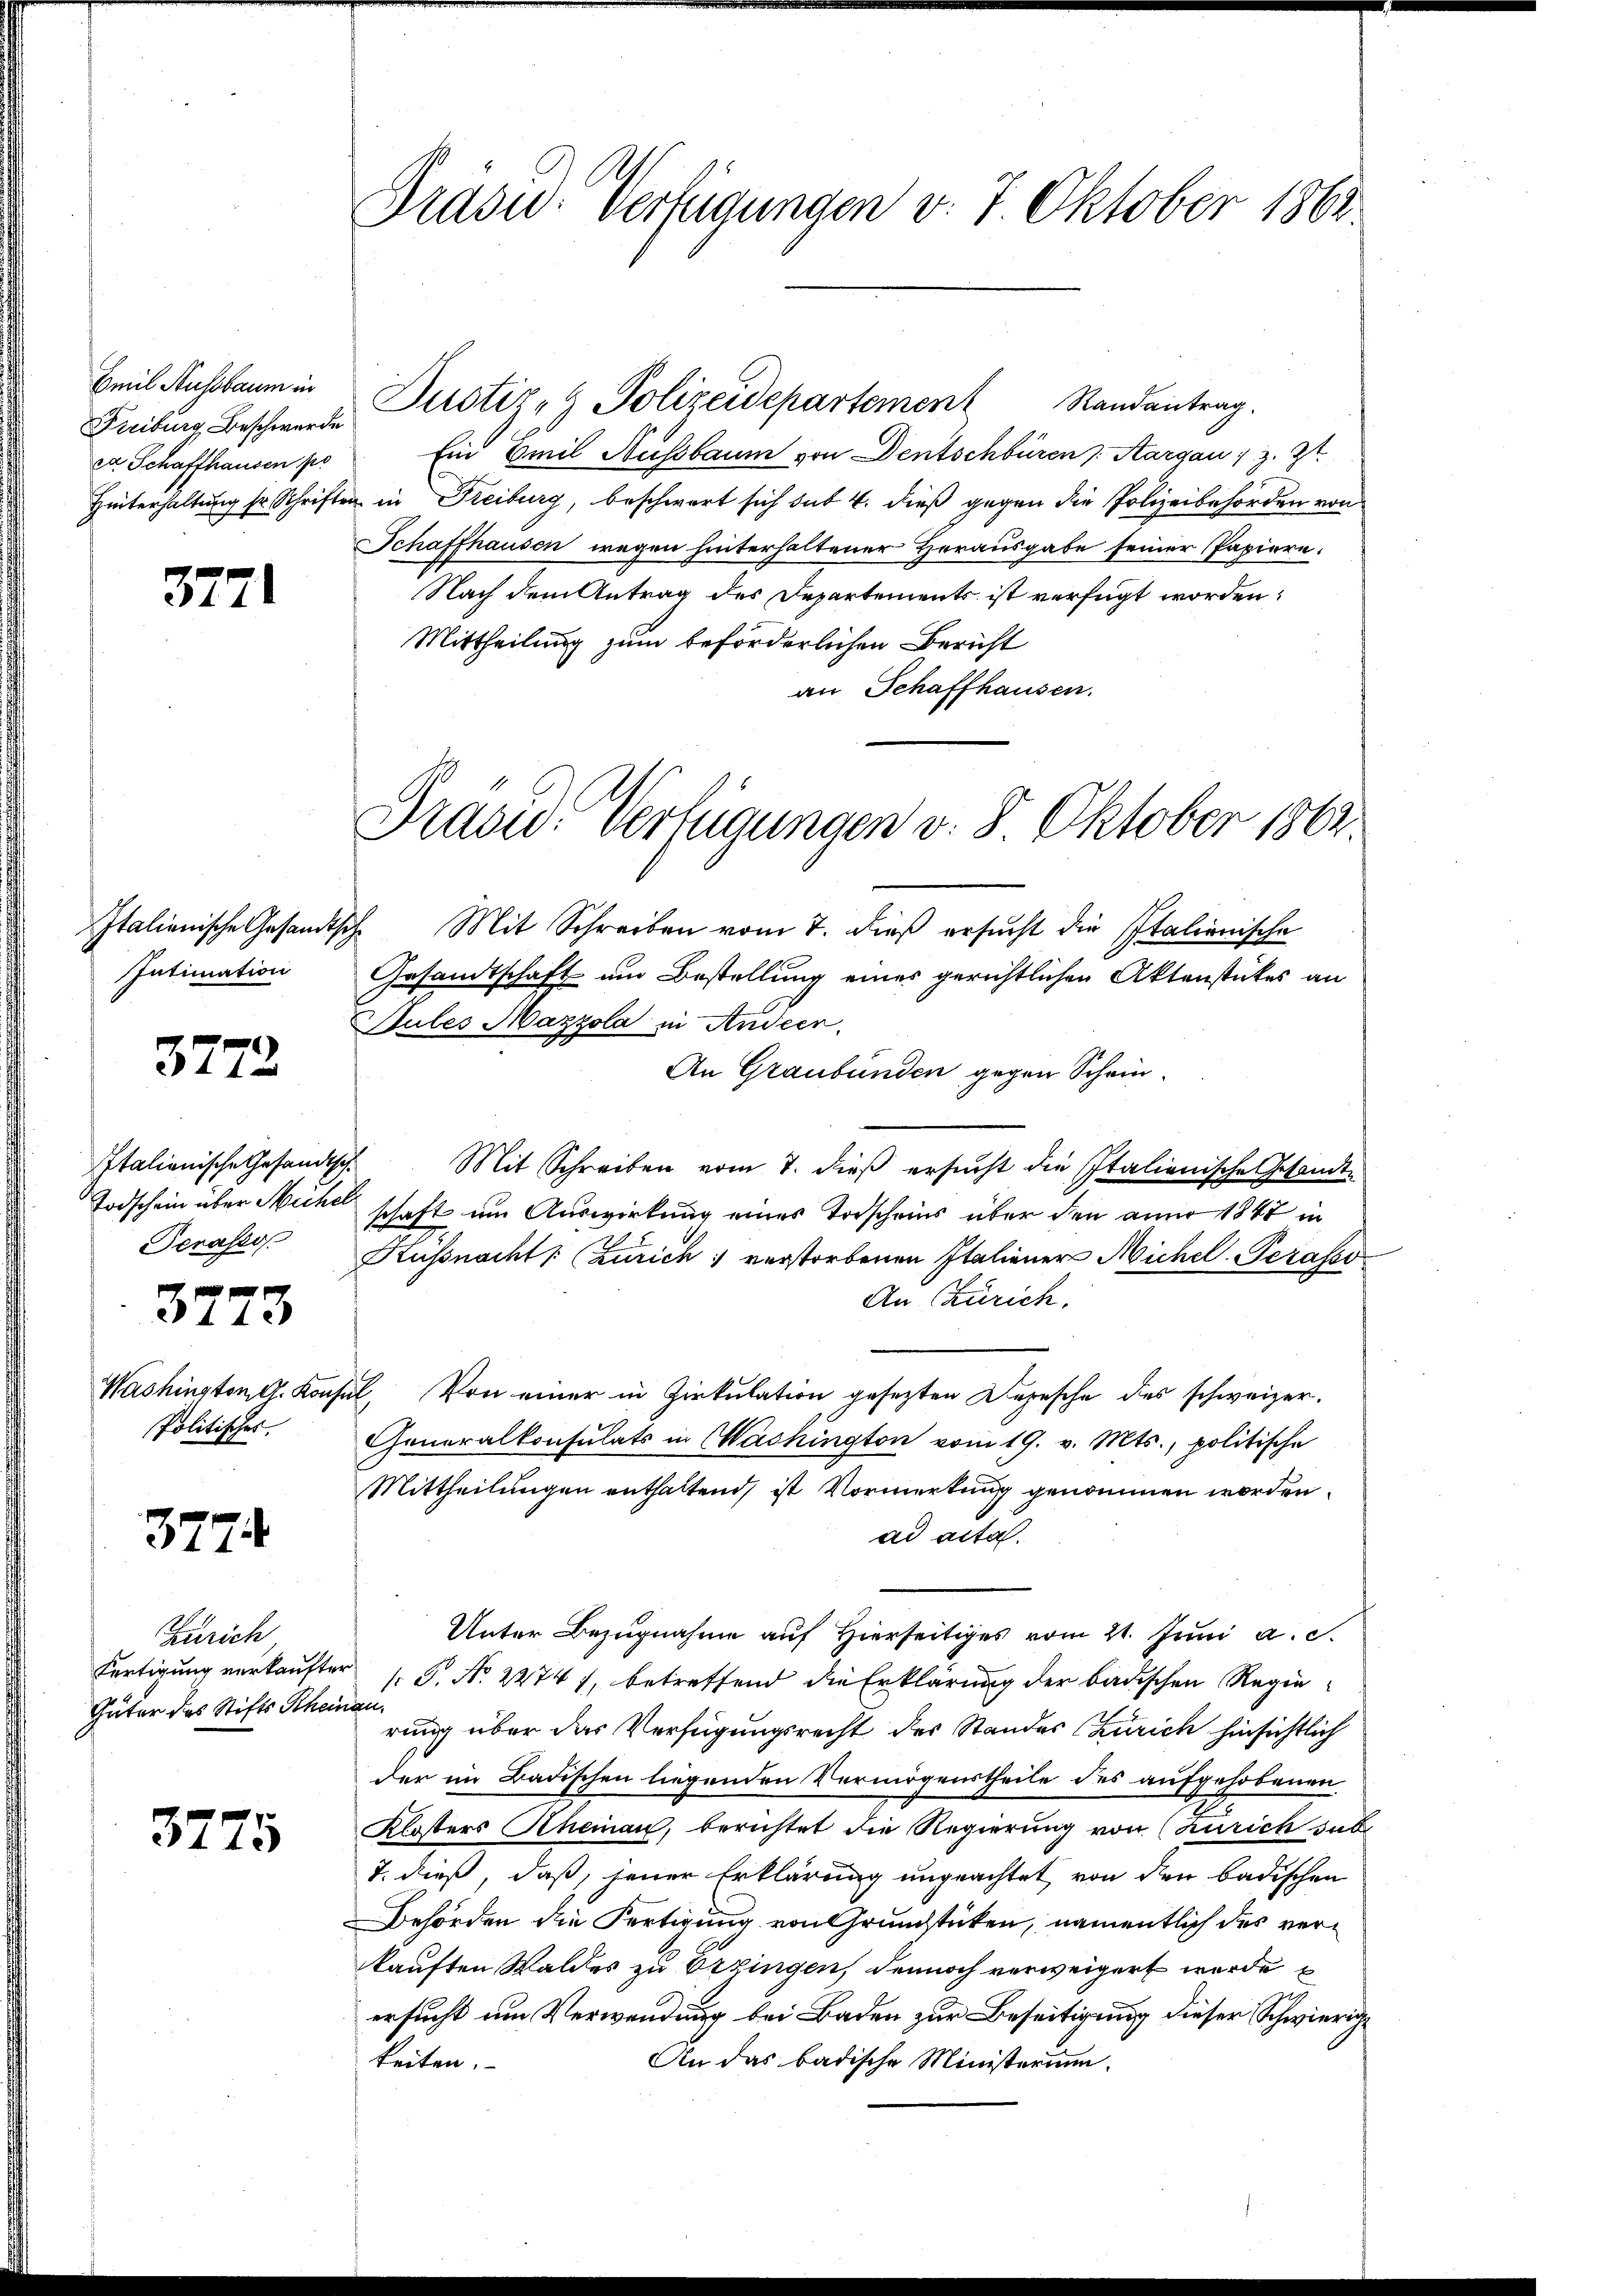
Emil Aussbaum in
Freiburg Beschwerde
ea Schaffhausen pr

377

Italienische Gesandthe
Intimation

3772

Italienische Gesandtsch.
Todschein über Michel
Serasso
3773
Washington G. Konfe
Politisches.

3774

Zürich
Fertigung verkauften
Güter des Stifts Rhein

3775

Grasw: Verfügungen v. 7. Oktober 1861

Ein Emil Aussbaum von Dentschbüren Aargau, z. Zt.
Hinterhaltung sr. Schriften in Freiburg, beschwart sich das 4. dieß gegen die Polizeibehörden von
Schaffhausen wegen hinterhaltener Herausgabe seiner Papiere.
Nach dem Antrag des Departements ist verfügt worden:
Mittheilung zum beförderlichen Bericht
an Schaffhausen.
 Mit Schreiben vom 7. dieß ersucht die Italienische
Gesandtschaft um Bestellung einer gerichtlichen Aktenstückes an
Sules Mazzola in Andeer.
An Graubünden gegen Schein
Mit Schreiben vom 7. dieß ersucht die Italienische Gesandte
schaft im Auswirkung eines Torscheins über den anno 1847 in
Küssnacht: Zürich verstorbenen Italiener Michel-Perates
An Zürich.
2. Von einer in Zirkulation gesezten Depesche des schweizer.
Generalkonsulats in Washington vom 19. v. Mts., politische
Mittheilungen enthaltend, ist Vormerkung genommen worden.
ad acta.
Unter Bezugnahme auf Hierseitiges vom 21. Juni a. c.
[: P. Nr. 22741, betreffend die Erklärung der badischen Regiel
rung über das Verfügungsrecht des Standes (Zürich hinsichtlich
der im Badischen liegenden Vermögenstheile des aufgehobenen
Klosters Rheinau, berichtet die Regierung von Zürich sub
7. dieß, daß jener Erklärung ungeachtet, von den badischen
Behörden die Fertigung von Grundstücken, namentlich des verkauften Waldes zu Erzingen, dennoch verweigert wurde
ersucht um Verwendung bei Baden zur Beseitigung dieser Schwierige
An das badische Ministerium.
keiten.

Justiz- & Polizeidepartement Randantrag.

Prand. Verfügungen v. 8. Oktober 1862.